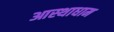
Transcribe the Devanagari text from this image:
आस्थाधाम